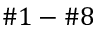
\# 1 - \# 8